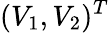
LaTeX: (V_{1},V_{2})^{T}